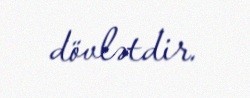
dövlətdir.